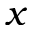
x